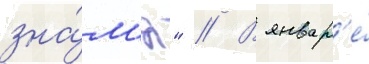
зна́м'я" // В январ'е́